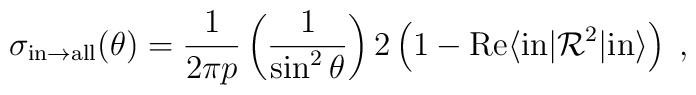
\sigma_{{\rm in}\to {\rm all}}(\theta)={1\over 2\pi p}\left({1\over \sin^2{\theta}}\right)2\left(1-{\rm Re}\langle{\rm in}|{\cal R}^2|{\rm in}\rangle\right)\; ,